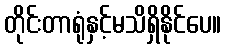
တိုင်းတာရုံနှင့်မသိရှိနိုင်ပေ။